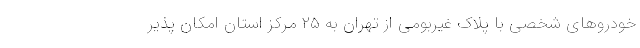
خودرو‌های شخصی با پلاک غیربومی از تهران به ۲۵ مرکز استان امکان پذیر